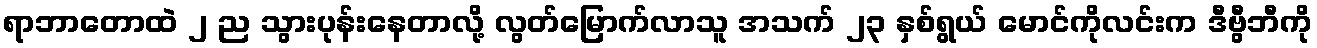
ရာဘာတောထဲ ၂ ည သွားပုန်းနေတာလို့ လွတ်မြောက်လာသူ အသက် ၂၃ နှစ်ရွယ် မောင်ကိုလင်းက ဒီဗွီဘီကို